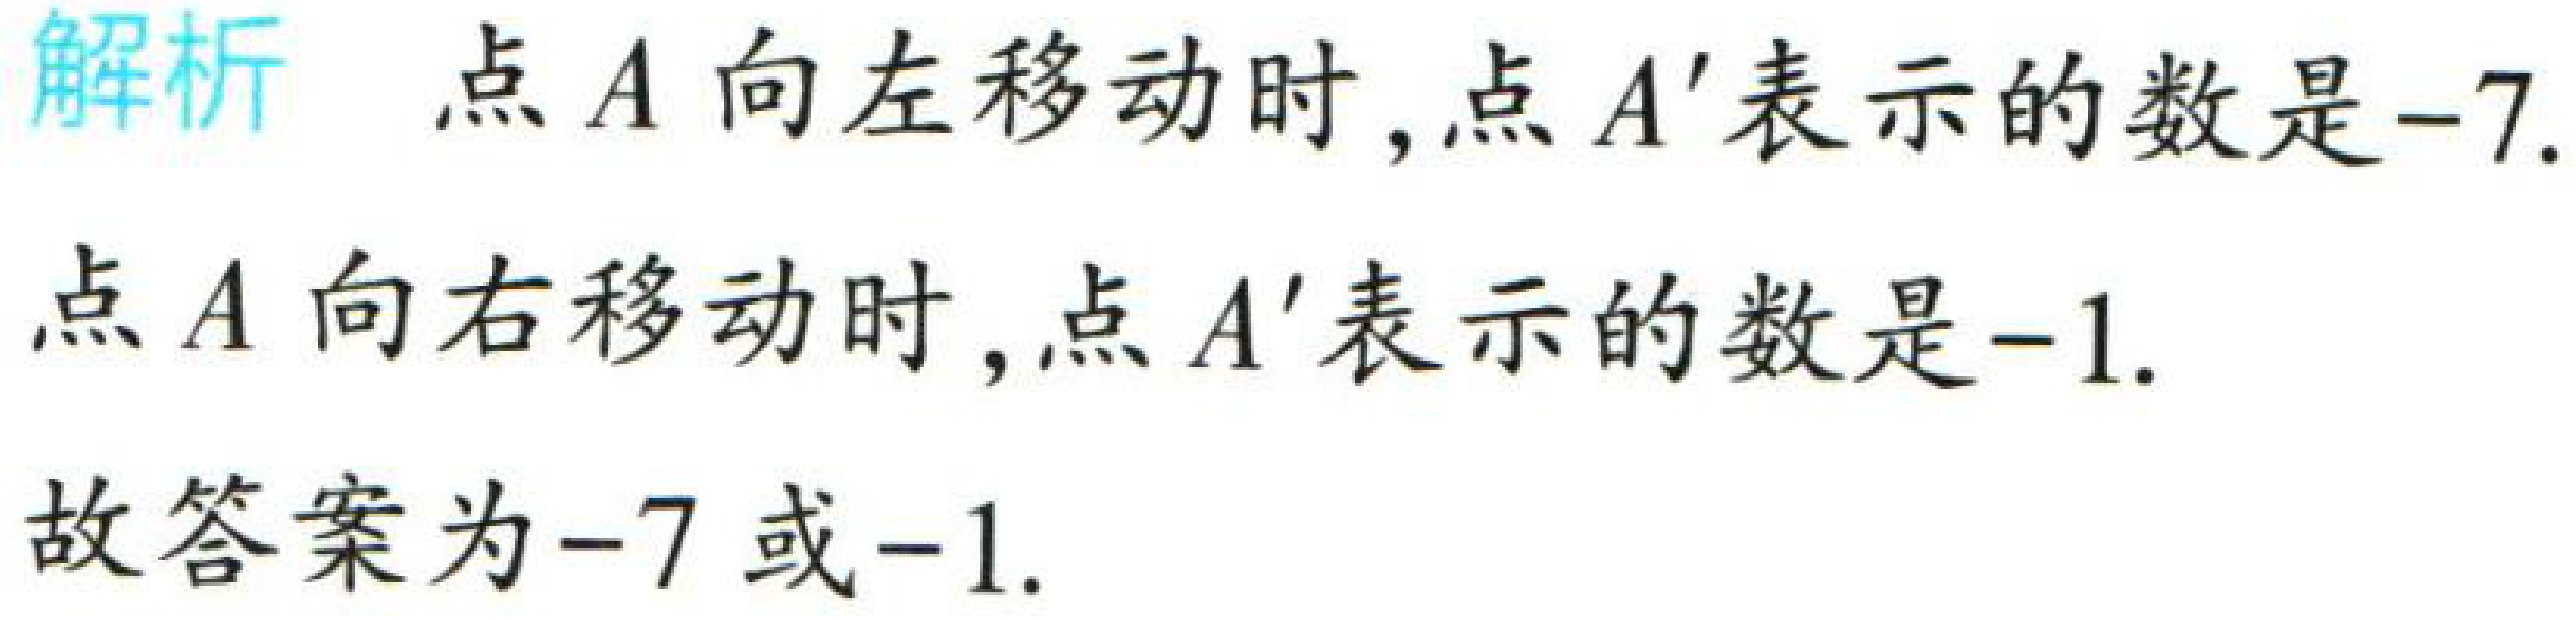
解析 点\(A\)向左移动时,点\(A'\)表示的数是\(-7\).
点\(A\)向右移动时,点\(A'\)表示的数是\(-1\).
故答案为\(-7\)或\(-1\).